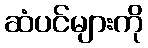
ဆံပင်များကို